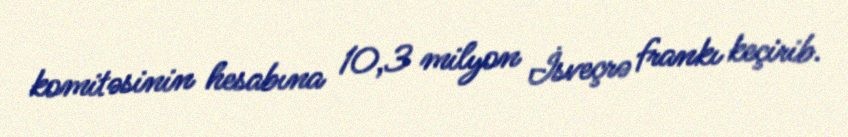
komitəsinin hesabına 10,3 milyon İsveçrə frankı keçirib.